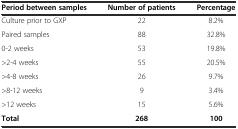
| Period between samples | Number of patients | Percentage |
 | --- | --- | --- |
 | Culture prior to GXP | 22 | 8.2% |
 | Paired samples | 88 | 32.8% |
 | 0-2 weeks | 53 | 19.8% |
 | >2-4 weeks | 55 | 20.5% |
 | >4-8 weeks | 26 | 9.7% |
 | >8-12 weeks | 9 | 3.4% |
 | >12 weeks | 15 | 5.6% |
 | Total | 268 | 100 |